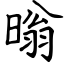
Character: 暡